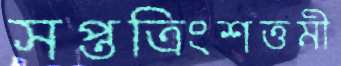
সপ্তত্রিংশত্তমী